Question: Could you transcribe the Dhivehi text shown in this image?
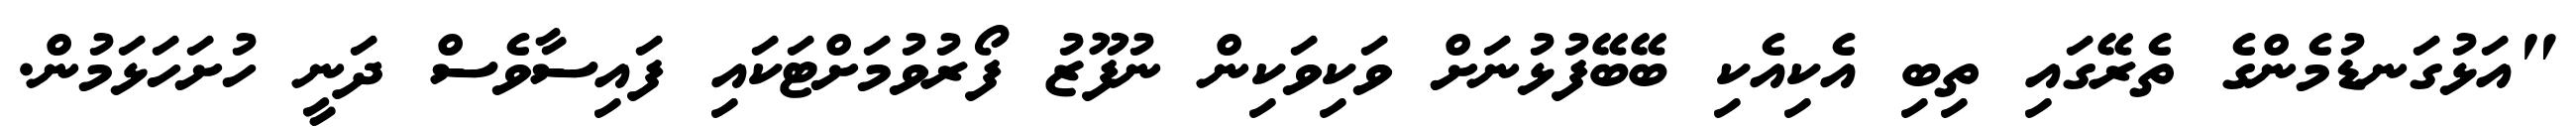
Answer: "އަޅުގަނޑުމެންގެ ތެރޭގައި ތިބި އެކިއެކި ބޭބޭފުޅުނަށް ވަކިވަކިން ނުފޫޒު ފޯރުވުމަށްޓަކައި ފައިސާވެސް ދަނީ ހުށަހަޅަމުން.